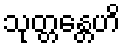
သုတ္တန္တေဟိ